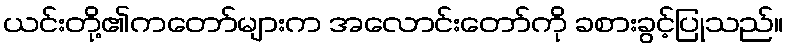
ယင်းတို့၏ကတော်များက အလောင်းတော်ကို ခစားခွင့်ပြုသည်။